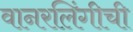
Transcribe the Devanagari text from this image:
वानरलिंगीची